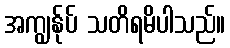
အကျွန်ုပ် သတိရမိပါသည်။